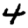
Digit: 4